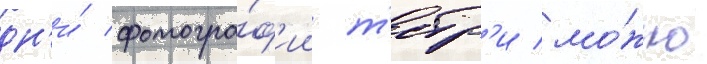
дн'и́ фотогра́ф'ии т'етр'и мо́жно